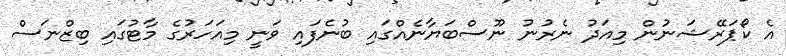
އެ ކޯޕަރޭޝަނުން މިއަދު ނެރުނު ނޫސްބަޔާނެއްގައި ބުނެފައި ވަނީ މިއަހަރުގެ މާޓުގައި ބިޒްނަސް